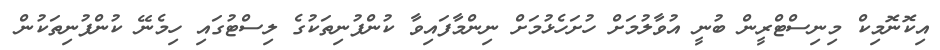
އިކޮނޮމިކް މިނިސްޓްރީން ބުނީ އުވާލުމަށް ހުށަހެޅުމަށް ނިންމާފައިވާ ކުންފުނިތަކުގެ ލިސްޓުގައި ހިމެނޭ ކުންފުނިތަކުން